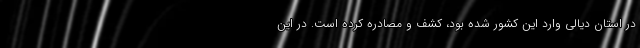
در استان دیالی وارد این کشور شده بود، کشف و مصادره کرده است. در این